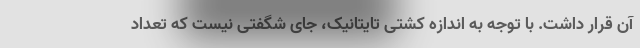
آن قرار داشت. با توجه به اندازه کشتی تایتانیک، جای شگفتی نیست که تعداد